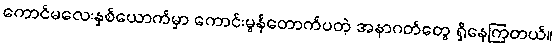
ကောင်မလေးနှစ်ယောက်မှာ ကောင်းမွန်တောက်ပတဲ့ အနာဂတ်တွေ ရှိနေကြတယ်။